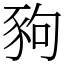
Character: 豞